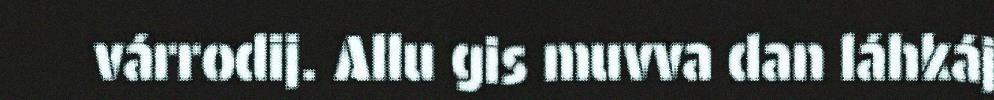
várrodij. Allu gis muvva dan láhkáj